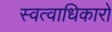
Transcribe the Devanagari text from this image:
स्वत्वाधिकारों